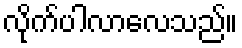
လိုက်ပါလာလေသည်။